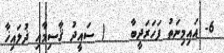
6- އައިމިނަތު ފަހަރަދީބާ    ( ސައީދު ޤާސިމާއި ޛުލައިޚާ